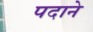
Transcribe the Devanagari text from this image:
पदाने